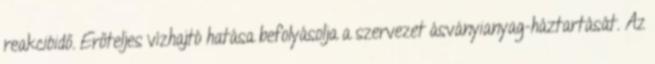
reakcióidő. Erőteljes vízhajtó hatása befolyásolja a szervezet ásványianyag-háztartását. Az